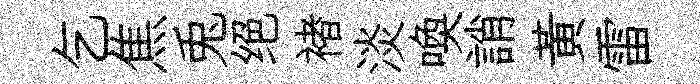
乞焦兎绝褚淡喚誚黄雷